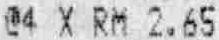
@4 X RM 2.65